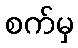
စက်မှ